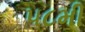
૫૮મી